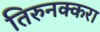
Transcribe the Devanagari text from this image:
तिरुनक्करा